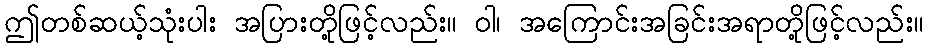
ဤတစ်ဆယ့်သုံးပါး အပြားတို့ဖြင့်လည်း။ ဝါ၊ အကြောင်းအခြင်းအရာတို့ဖြင့်လည်း။